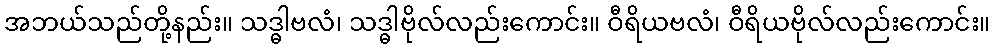
အဘယ်သည်တို့နည်း။ သဒ္ဓါဗလံ၊ သဒ္ဓါဗိုလ်လည်းကောင်း။ ဝီရိယဗလံ၊ ဝီရိယဗိုလ်လည်းကောင်း။